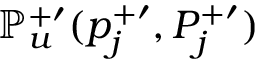
\mathbb { P } _ { u } ^ { + \prime } ( p _ { j } ^ { + \prime } , P _ { j } ^ { + \prime } )